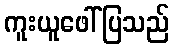
ကူးယူဖေါ်ပြသည်